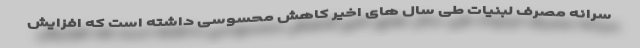
سرانه مصرف لبنیات طی سال های اخیر کاهش محسوسی داشته است که افزایش